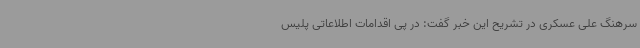
سرهنگ علی عسکری در تشریح این خبر گفت: در پی اقدامات اطلاعاتی پلیس